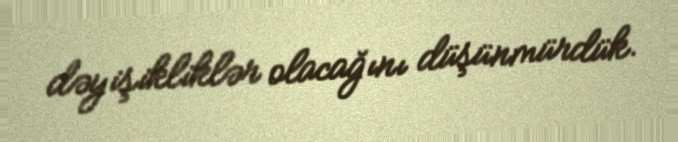
dəyişikliklər olacağını düşünmürdük.